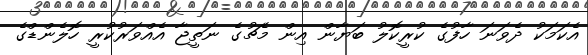
އެކަމަކު ދެވަނަ ހާފުގެ ކުރީކޮލު ބަޔާން އިން މެޗުގެ ނަތީޖާ އެއްވަރުކުރީ ހޮލެންޑްގެ